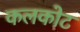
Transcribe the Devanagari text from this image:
कलकोट